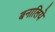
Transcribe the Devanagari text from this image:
बनालिये